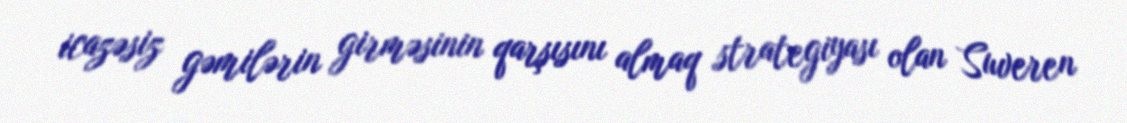
icazəsiz gəmilərin girməsinin qarşısını almaq strategiyası olan Suveren